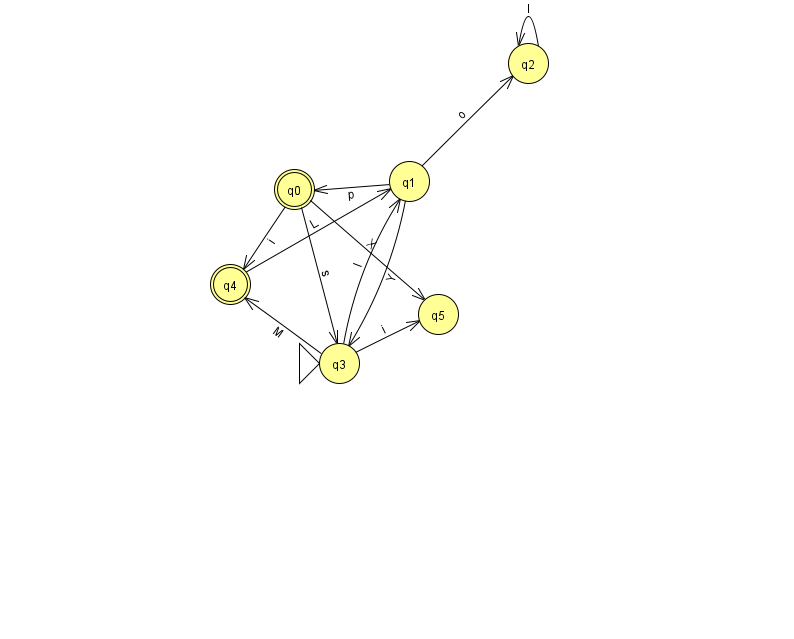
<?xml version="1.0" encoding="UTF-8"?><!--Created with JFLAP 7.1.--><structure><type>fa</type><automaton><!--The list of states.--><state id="0" name="q0"><x>294.0</x><y>176.0</y><final/></state><state id="1" name="q1"><x>409.0</x><y>168.0</y></state><state id="2" name="q2"><x>528.0</x><y>50.0</y></state><state id="3" name="q3"><x>339.0</x><y>350.0</y><initial/></state><state id="4" name="q4"><x>230.0</x><y>271.0</y><final/></state><state id="5" name="q5"><x>438.0</x><y>301.0</y></state><!--The list of transitions.--><transition><from>1</from><to>2</to><read>o</read></transition><transition><from>3</from><to>5</to><read>i</read></transition><transition><from>0</from><to>4</to><read>i</read></transition><transition><from>1</from><to>3</to><read>Y</read></transition><transition><from>1</from><to>0</to><read>p</read></transition><transition><from>2</from><to>2</to><read>I</read></transition><transition><from>0</from><to>5</to><read>X</read></transition><transition><from>0</from><to>3</to><read>s</read></transition><transition><from>3</from><to>4</to><read>M</read></transition><transition><from>4</from><to>1</to><read>L</read></transition><transition><from>3</from><to>1</to><read>l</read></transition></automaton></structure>